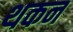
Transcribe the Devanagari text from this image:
थकन